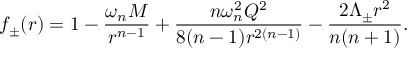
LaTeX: f _ { \pm } ( r ) = 1 - \frac { \omega _ { n } M } { r ^ { n - 1 } } + \frac { n \omega _ { n } ^ { 2 } Q ^ { 2 } } { 8 ( n - 1 ) r ^ { 2 ( n - 1 ) } } - \frac { 2 \Lambda _ { \pm } r ^ { 2 } } { n ( n + 1 ) } .